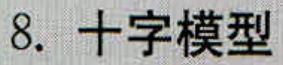
8. 十字模型